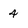
Character: 4